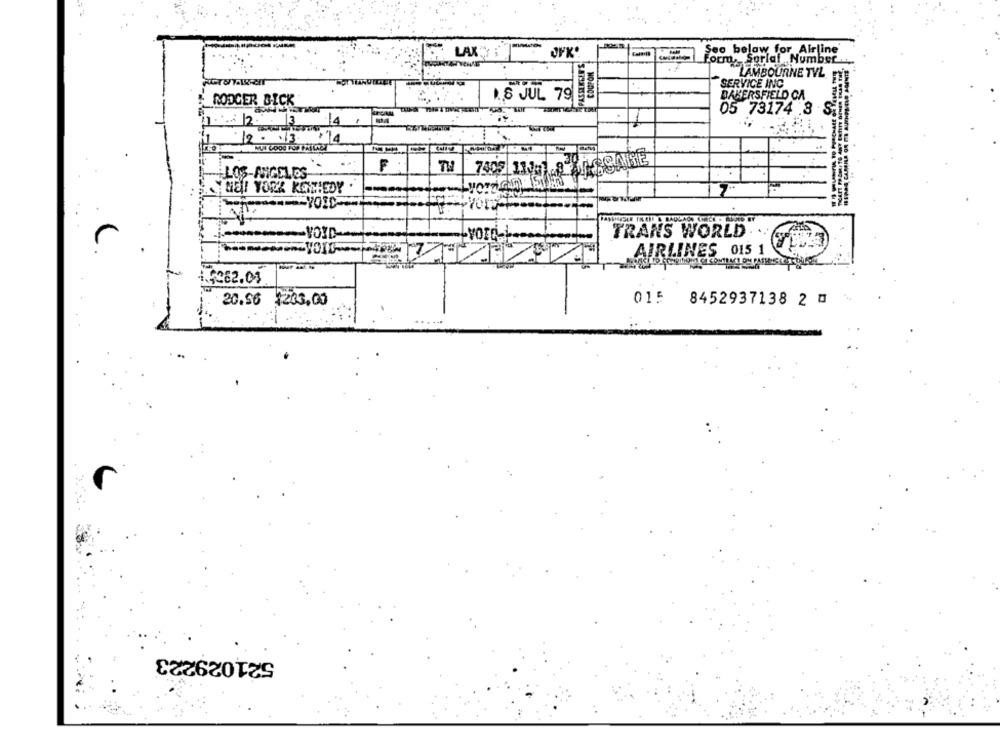
Seo below for Airline
LAX;
PASELEGER'S
Form, Sorlaf Number
COGFON
LAMBOURNE TVL
SERVICE INC
1.8 JUL 79
BAKERSFIELD CA
DODGER BICK
05 73174 .3
S
14
114
F
-LOS-ANGELES
Ha! YORK KEWTEDY
-- VOID-
TRANS WORLD
r
AIRLINES 015 1
20.56 1203,00
015 8452937138 2 0
521029223